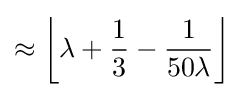
\approx \left\lfloor \lambda +{\frac {1}{3}}-{\frac {1}{50\lambda }}\right\rfloor